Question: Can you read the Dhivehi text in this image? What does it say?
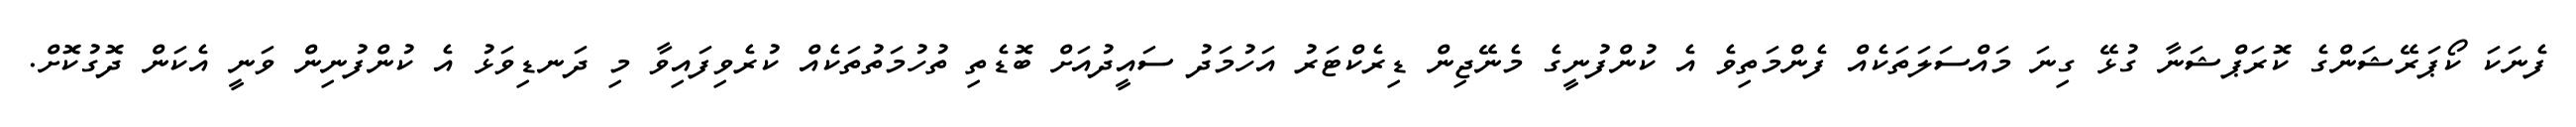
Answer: ފެނަކަ ކޯޕަރޭޝަންގެ ކޮރަޕްޝަނާ ގުޅޭ ގިނަ މައްސަލަތަކެއް ފެންމަތިވެ އެ ކުންފުނީގެ މެނޭޖިން ޑިރެކްޓަރު އަހުމަދު ސައީދުއަށް ބޮޑެތި ތުހުމަތުތަކެއް ކުރެވިފައިވާ މި ދަނޑިވަޅު އެ ކުންފުނިން ވަނީ އެކަން ދޮގުކޮށް.